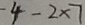
- 4 - 2 \times 7